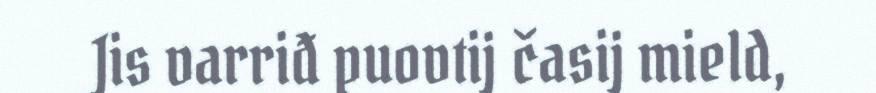
Jis varriđ puovtij časij mield,